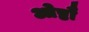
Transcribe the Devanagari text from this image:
ओष्ठौ